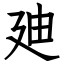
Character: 廸